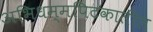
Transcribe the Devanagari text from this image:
अभिधम्मपिटकातील